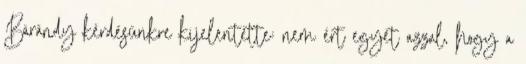
Bárándy kérdésünkre kijelentette: nem ért egyet azzal, hogy a